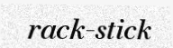
rack-stick